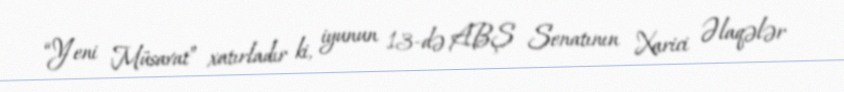
“Yeni Müsavat” xatırladır ki, iyunun 13-də ABŞ Senatının Xarici Əlaqələr